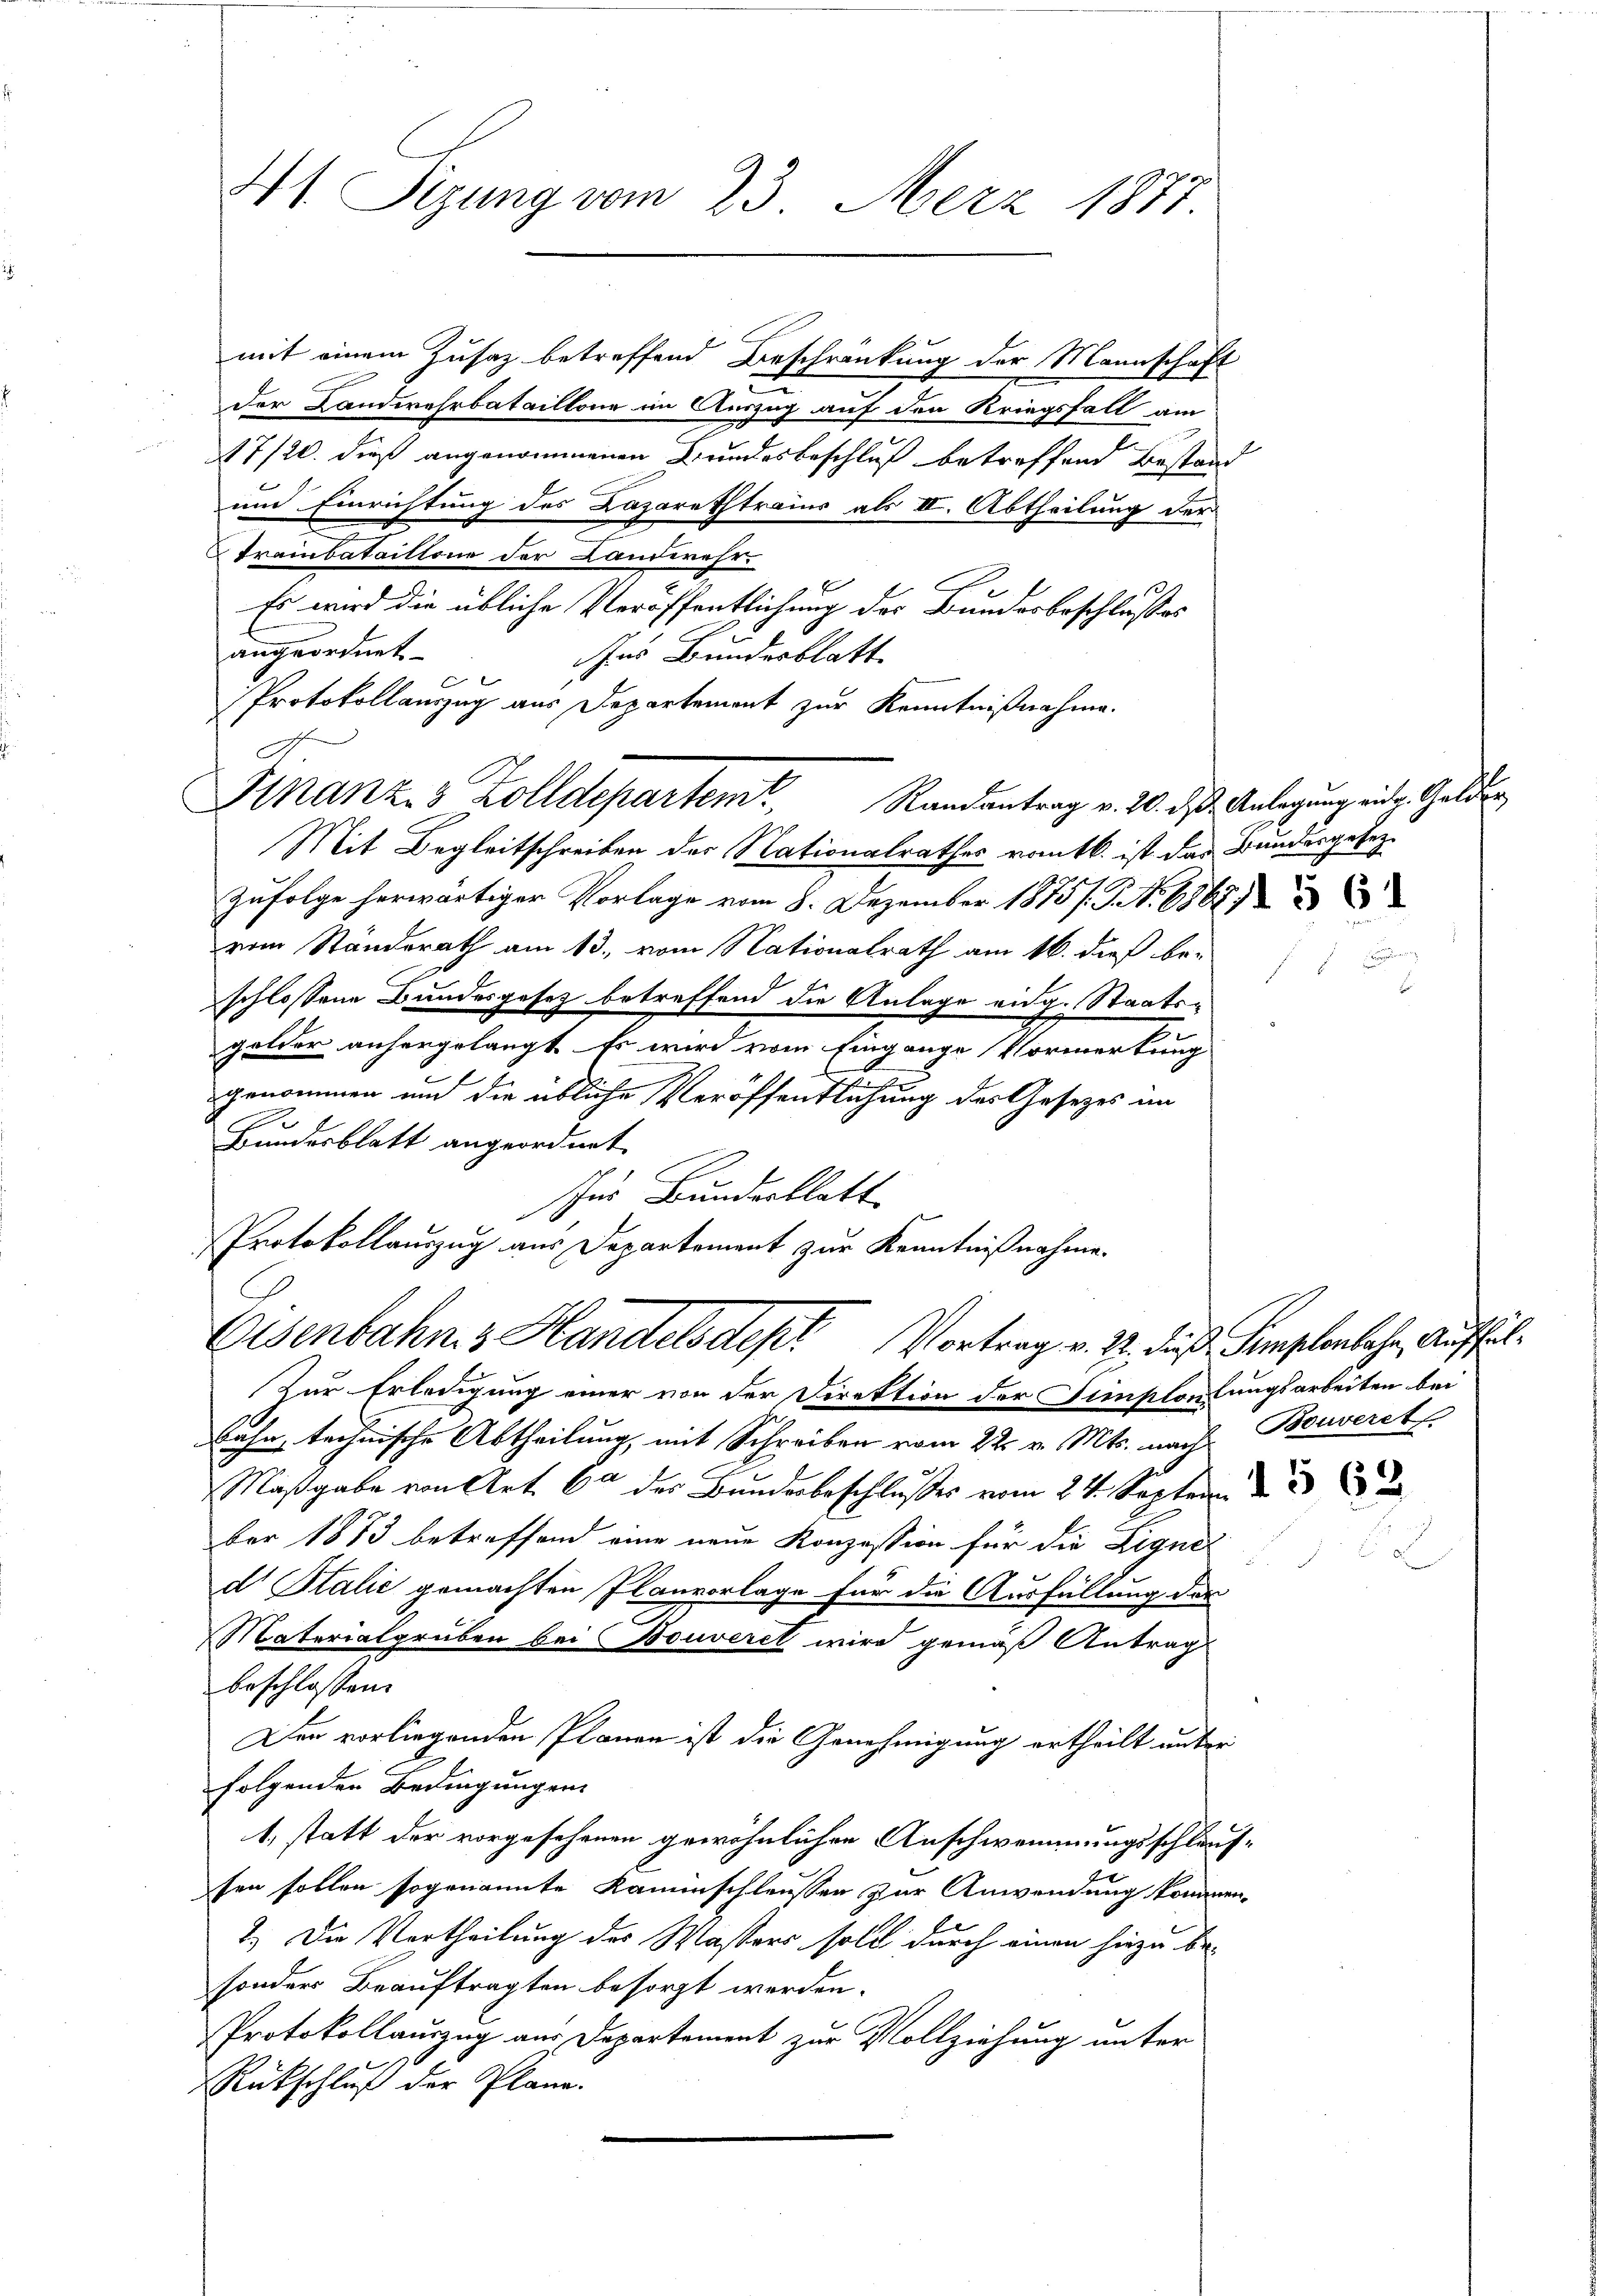
At Pigung vom 23. Merz 1877.

mit einem Zusatz betreffend Beschränkung der Mannschaft
der Landwehrbataillone im Auszug auf den Kriegsfall am
17/20. dieß angenommenen Bundesbeschluß betreffend Bestand
und Einrichtung des Lazarethtrains als III. Abtheilung der
.
Trainbataillone der Landwehr.
E
Es wird die übliche Veröffentlichung des Bunderbeschlußes
angeordnet.
ns Bundesblatt
l
Protokollauszug aus Departement zur Kenntnißnahme.
Mit Begleitschreiben des Nationalrathes rotb. ist das Bundesgesez¬
Zufolge herwärtiger Vorlage vom 8. Dezember 1875/. G. . 6862)
vom Standsrath am 13. vom Nationalrath am 16. dieß be-
schlossene Bundesgesetz betreffend die Anlage eidg. Staatsgelder anhergelangt. Es wird vom Eingange Vormerkung
genommen und die übliche Veröffentlichung des Gesetzes im
Bundesblatt angeordnet.
ur Bundesblatt
Protokollauszug aus Departement zur Kenntnißnahme.
Eisenbahn & Handelsdept Vortrag v. 2. daß Semplenbahn, Auffal¬
Zur Erledigung einer von der Direktion der Simplonlungsarbeiten bei
Bahn, technische Abtheilung, mit Schreiben vom 22. v. Mts. nach Bouverst
Maßgabe von Art. 6 der Bundesbeschlußes vom 24. Septem
ber 1883 betreffend eine neue Konzession für die Liqui-
d Stalić gemachten Planvorlage für die Ausfüllung der
Materialgruben bei Bouveret wird gemäß Antrag
beschlossen:
Der vorliegenden Plänen ist die Genehmigung ertheilt unter
folgenden Bedingungen
1., statt der vorgesehenen gewöhnlichen Anschwemmungsschläufsen sollen sogenannte Kaminschleusen zur Anwendung kommen.
2.) Die Vortheilung des Wassers soll durch einen hiezu besonders Beauftragten besorgt werden.
Protokollauszug aus Departement zur Vollziehung unter
Rückschluß der Plane.

C

Finanz 3 Zolldepartem Randantrag v. 20. d. J. Anlegung eidg. Gelder